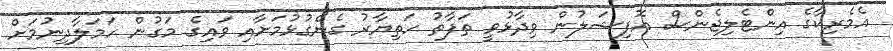
އެމެރިކާގެ އިންޓެލިޖެންސް އޮފިޝަލުން ވިދާޅުވީ ތަފާތު ހަތިޔާރު ގެންގުޅުމަށާއި ވައިގެ މަގުން ހަމަލާދިނުމަށް